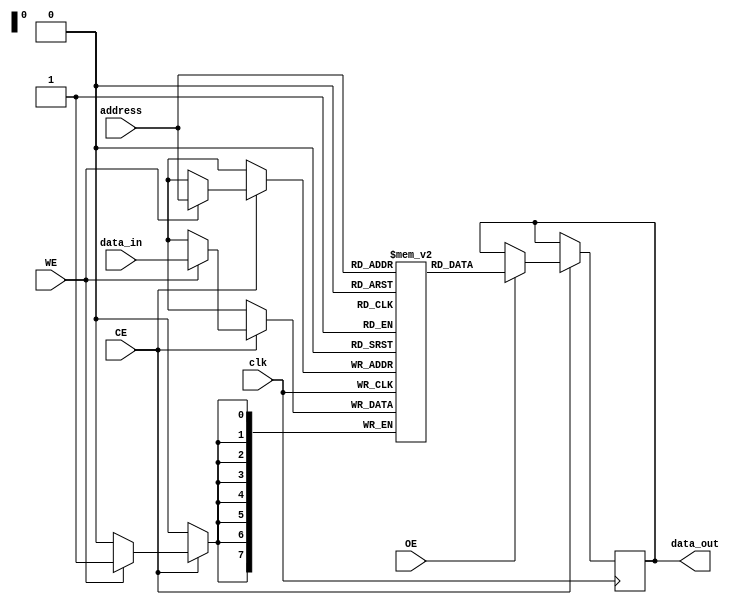
module SRAM (
    input wire clk,               // Clock signal
    input wire [7:0] address,     // 8-bit address input
    input wire [7:0] data_in,     // 8-bit data input
    input wire CE,                // Chip Enable
    input wire WE,                // Write Enable
    input wire OE,                // Output Enable
    output reg [7:0] data_out     // 8-bit data output
);

    // Parameters for memory size
    parameter WORD_SIZE = 8;      // Width of data bus
    parameter NUM_WORDS = 256;    // Number of words in memory

    // Memory array declaration
    reg [WORD_SIZE-1:0] memory [0:NUM_WORDS-1];

    // Read/Write operations
    always @(posedge clk) begin
        if (CE) begin
            if (WE) begin
                // Write operation
                memory[address] <= data_in;
            end
            if (OE) begin
                // Read operation
                data_out <= memory[address];
            end
        end
    end

endmodule